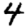
Digit: 4